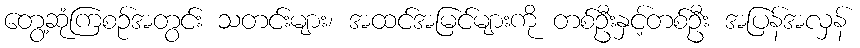
တွေ့ဆုံကြစဉ်အတွင်း သတင်းများ၊ အထင်အမြင်များကို တစ်ဦးနှင့်တစ်ဦး အပြန်အလှန်